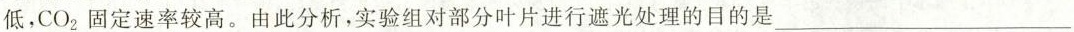
低，CO_{2}固定速率较高。由此分析，实验组对部分叶片进行遮光处理的目的是___